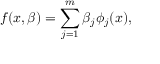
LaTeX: f ( x , \beta ) = \sum _ { j = 1 } ^ { m } \beta _ { j } \phi _ { j } ( x ) ,